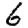
Digit: 6